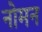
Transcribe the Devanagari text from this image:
नोमन